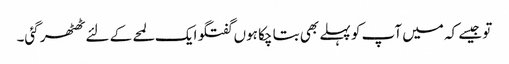
تو جیسے کہ میں آپ کو پہلے بھی بتا چکا ہوں گفتگو ایک لمحے کے لئے ٹھٹھر گئی۔